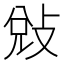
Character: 𭣳